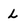
Character: L